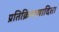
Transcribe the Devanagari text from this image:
प्रतिक्रियावादिता